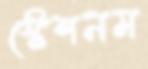
স্টেশনম